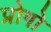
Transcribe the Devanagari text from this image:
प्रोगो